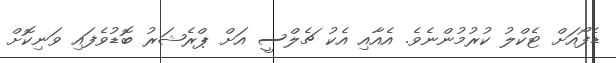
ޑެފޯއަށް ޓެކްލު ކުރުމުންނެވެ. އެއާއި އެކު ޗެލްސީ އަށް ޕްރެޝަރު ބޮޑުވެފައި ވަނިކޮށް